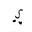
Letter: _ya